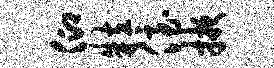
仰粒侄掖